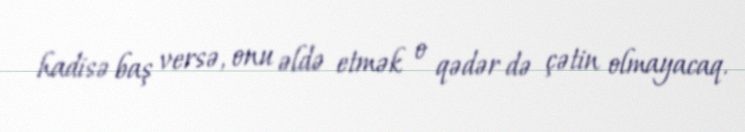
hadisə baş versə, onu əldə etmək o qədər də çətin olmayacaq.